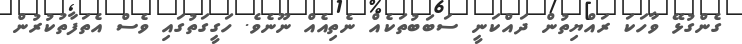
ގެންގުޅޭ ވާހަކަ ރައްޔިތުން ދައްކަނީ ސަބަބުތަކެއް ނެތިއެއް ނޫނެވެ. ހަގީގަތުގައި ވެސް އެތަފާތުކުރުން